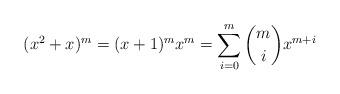
LaTeX: \begin{align*} (x^2+x)^{m} = (x+1)^{m} x^{m} = \sum\limits_{i=0}^m {m\choose i} x^{m+i}\end{align*}